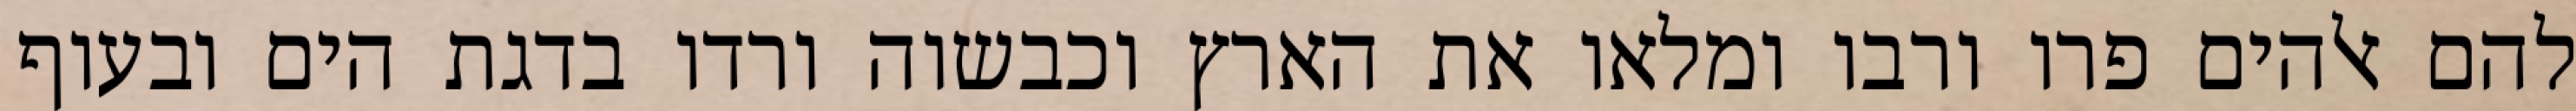
להם אלהים פרו ורבו ומלאו את הארץ וכבשוה ורדו בדגת הים ובעוף